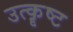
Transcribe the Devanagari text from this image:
उत्कॄष्ट